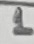
Text: 1